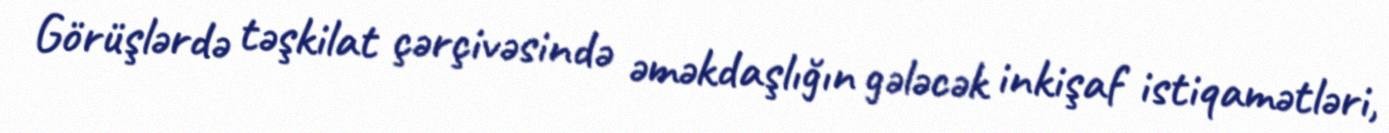
Görüşlərdə təşkilat çərçivəsində əməkdaşlığın gələcək inkişaf istiqamətləri,